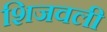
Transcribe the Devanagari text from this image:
शिजवली